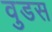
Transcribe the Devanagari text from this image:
वुडस